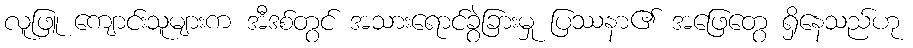
လူဖြူ ကျောင်းသူများက အီဒစ်တွင် အသားရောင်ခွဲခြားမှု ပြဿနာ၏ အဖြေတွေ ရှိနေသည်ဟု